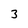
Character: 3